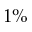
1 \%